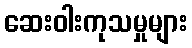
ဆေးဝါးကုသမှုများ